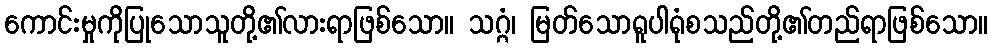
ကောင်းမှုကိုပြုသောသူတို့၏လားရာဖြစ်သော။ သဂ္ဂံ၊ မြတ်သောရူပါရုံစသည်တို့၏တည်ရာဖြစ်သော။